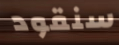
سنقود